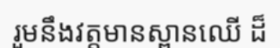
រួមនឹងវត្តមានស្ពានឈើ ដ៏